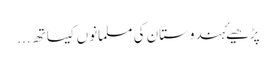
پڑھیۓہندوستان کی مسلمانوں کیساتھ ...